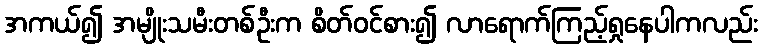
အကယ်၍ အမျိုးသမီးတစ်ဦးက စိတ်ဝင်စား၍ လာရောက်ကြည့်ရှုနေပါကလည်း